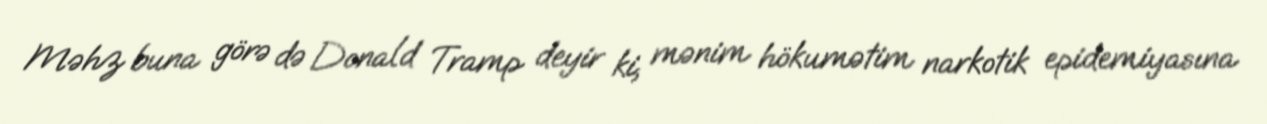
Məhz buna görə də Donald Tramp deyir ki, mənim hökumətim narkotik epidemiyasına